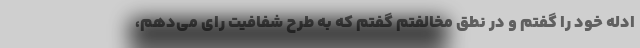
ادله خود را گفتم و در نطق مخالفتم گفتم که به طرح شفافیت رای می‌دهم،